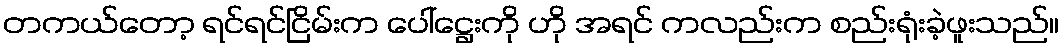
တကယ်တော့ ရင်ရင်ငြိမ်းက ပေါ်ဋ္ဌေးကို ဟို အရင် ကလည်းက စည်းရုံးခဲ့ဖူးသည်။